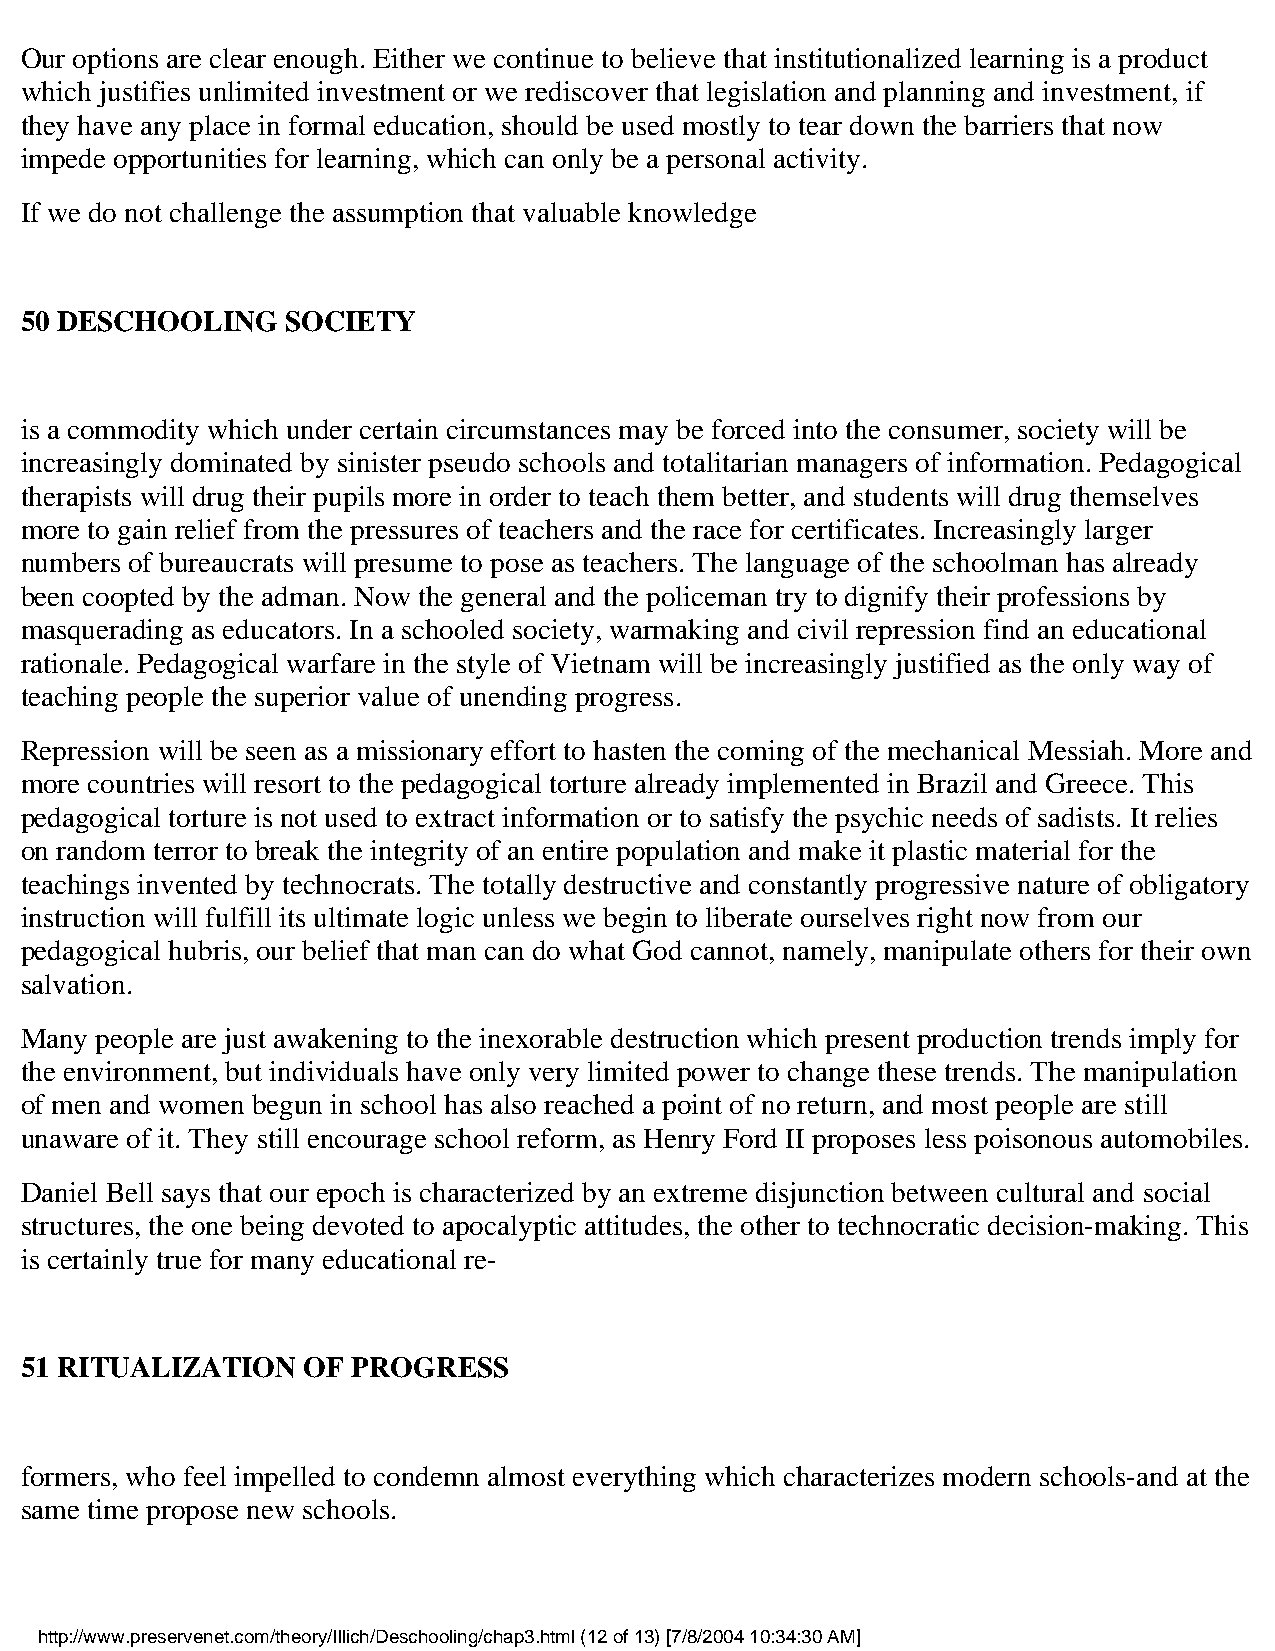
Our options are clear enough. Either we continue to believe that institutionalized learning is a product
 which justifies unlimited investment or we rediscover that legislation and planning and investment, if
 they have any place in formal education, should be used mostly to tear down the barriers that now
 impede opportunities for learning, which can only be a personal activity.
 If we do not challenge the assumption that valuable knowledge
 50 DESCHOOLING    SOCIETY
 is a commodity which under certain circumstances may be forced into the consumer, society will be
 increasingly dominated by sinister pseudo schools and totalitarian managers of information. Pedagogical
 therapists will drug their pupils more in order to teach them better, and students will drug themselves
 more to gain relief from the pressures of teachers and the race for certificates. Increasingly larger
 numbers of bureaucrats will presume to pose as teachers. The language of the schoolman has already
 been coopted by the adman. Now the general and the policeman try to dignify their professions by
 masquerading as educators. In a schooled society, warmaking and civil repression find an educational
 rationale. Pedagogical warfare in the style of Vietnam will be increasingly justified as the only way of
 teaching people the superior value of unending progress.
 Repression will be seen as a missionary effort to hasten the coming of the mechanical Messiah. More and
 more countries will resort to the pedagogical torture already implemented in Brazil and Greece. This
 pedagogical torture is not used to extract information or to satisfy the psychic needs of sadists. It relies
 on random terror to break the integrity of an entire population and make it plastic material for the
 teachings invented by technocrats. The totally destructive and constantly progressive nature of obligatory
 instruction will fulfill its ultimate logic unless we begin to liberate ourselves right now from our
 pedagogical hubris, our belief that man can do what God cannot, namely, manipulate others for their own
 salvation.
 Many people are just awakening to the inexorable destruction which present production trends imply for
 the environment, but individuals have only very limited power to change these trends. The manipulation
 of men and women begun in school has also reached a point of no return, and most people are still
 unaware of it. They still encourage school reform, as Henry Ford II proposes less poisonous automobiles.
 Daniel Bell says that our epoch is characterized by an extreme disjunction between cultural and social
 structures, the one being devoted to apocalyptic attitudes, the other to technocratic decision-making. This
 is certainly true for many educational re-
 51 RITUALIZATION   OF PROGRESS
 formers, who feel impelled to condemn almost everything which characterizes modern schools-and at the
 same time propose new schools.
 http://www.preservenet.com/theory/Illich/Deschooling/chap3.html (12 of 13) [7/8/2004 10:34:30 AM]